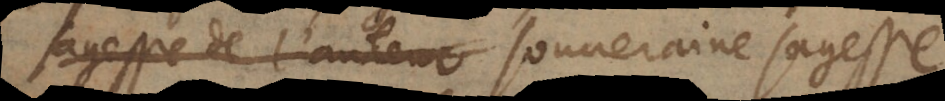
sagesse de l’auteur souveraine sagesse